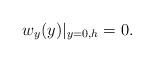
LaTeX: \begin{align*}w_{y}(y)\vert_{y=0, h} =0.\end{align*}